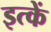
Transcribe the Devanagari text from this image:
इत्कें